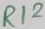
Text: R12